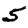
Digit: 5